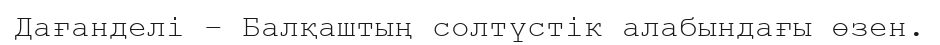
Дағанделі – Балқаштың солтүстік алабындағы өзен.